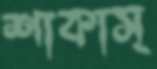
শাকাস্